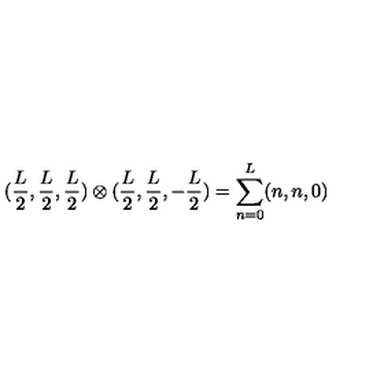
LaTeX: ( \frac { L } { 2 } , \frac { L } { 2 } , \frac { L } { 2 } ) \otimes ( \frac { L } { 2 } , \frac { L } { 2 } , - \frac { L } { 2 } ) = \sum _ { n = 0 } ^ { L } ( n , n , 0 )